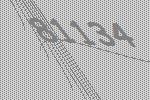
81134